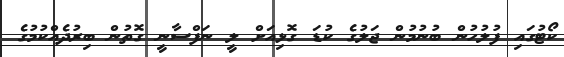
ކޯޓުގައި ފުލުހުން ބުނުމުން ޖަލުގެ ކުޑަ ގޮޅިއަށް ލީ ނަފްސާނީ ގޮތުން ބިރުދެއްކުމުގެ